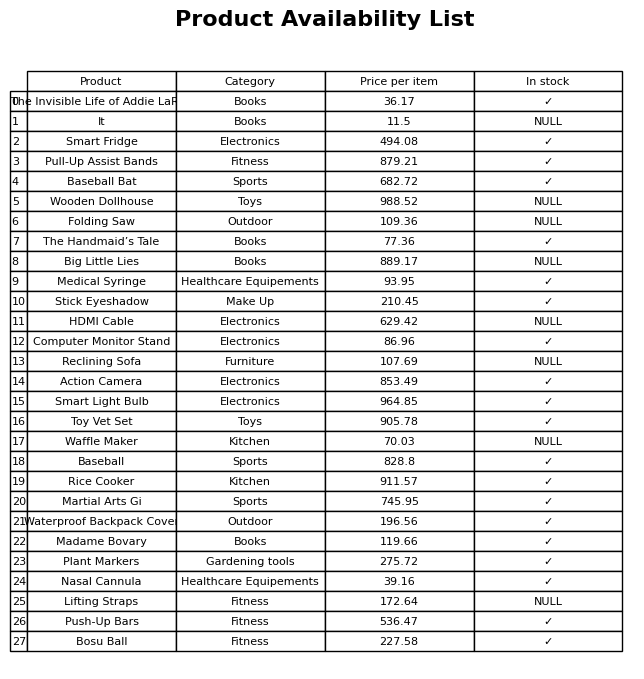
question: What is the price for HDMI Cable?
answer: The price of HDMI Cable is 629.42.